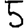
Digit: 5